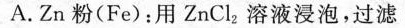
A.Zn粉(Fe)：用ZnCl _ { 2 }溶液浸泡，过滤